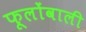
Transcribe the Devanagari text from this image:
फूलोंवाली